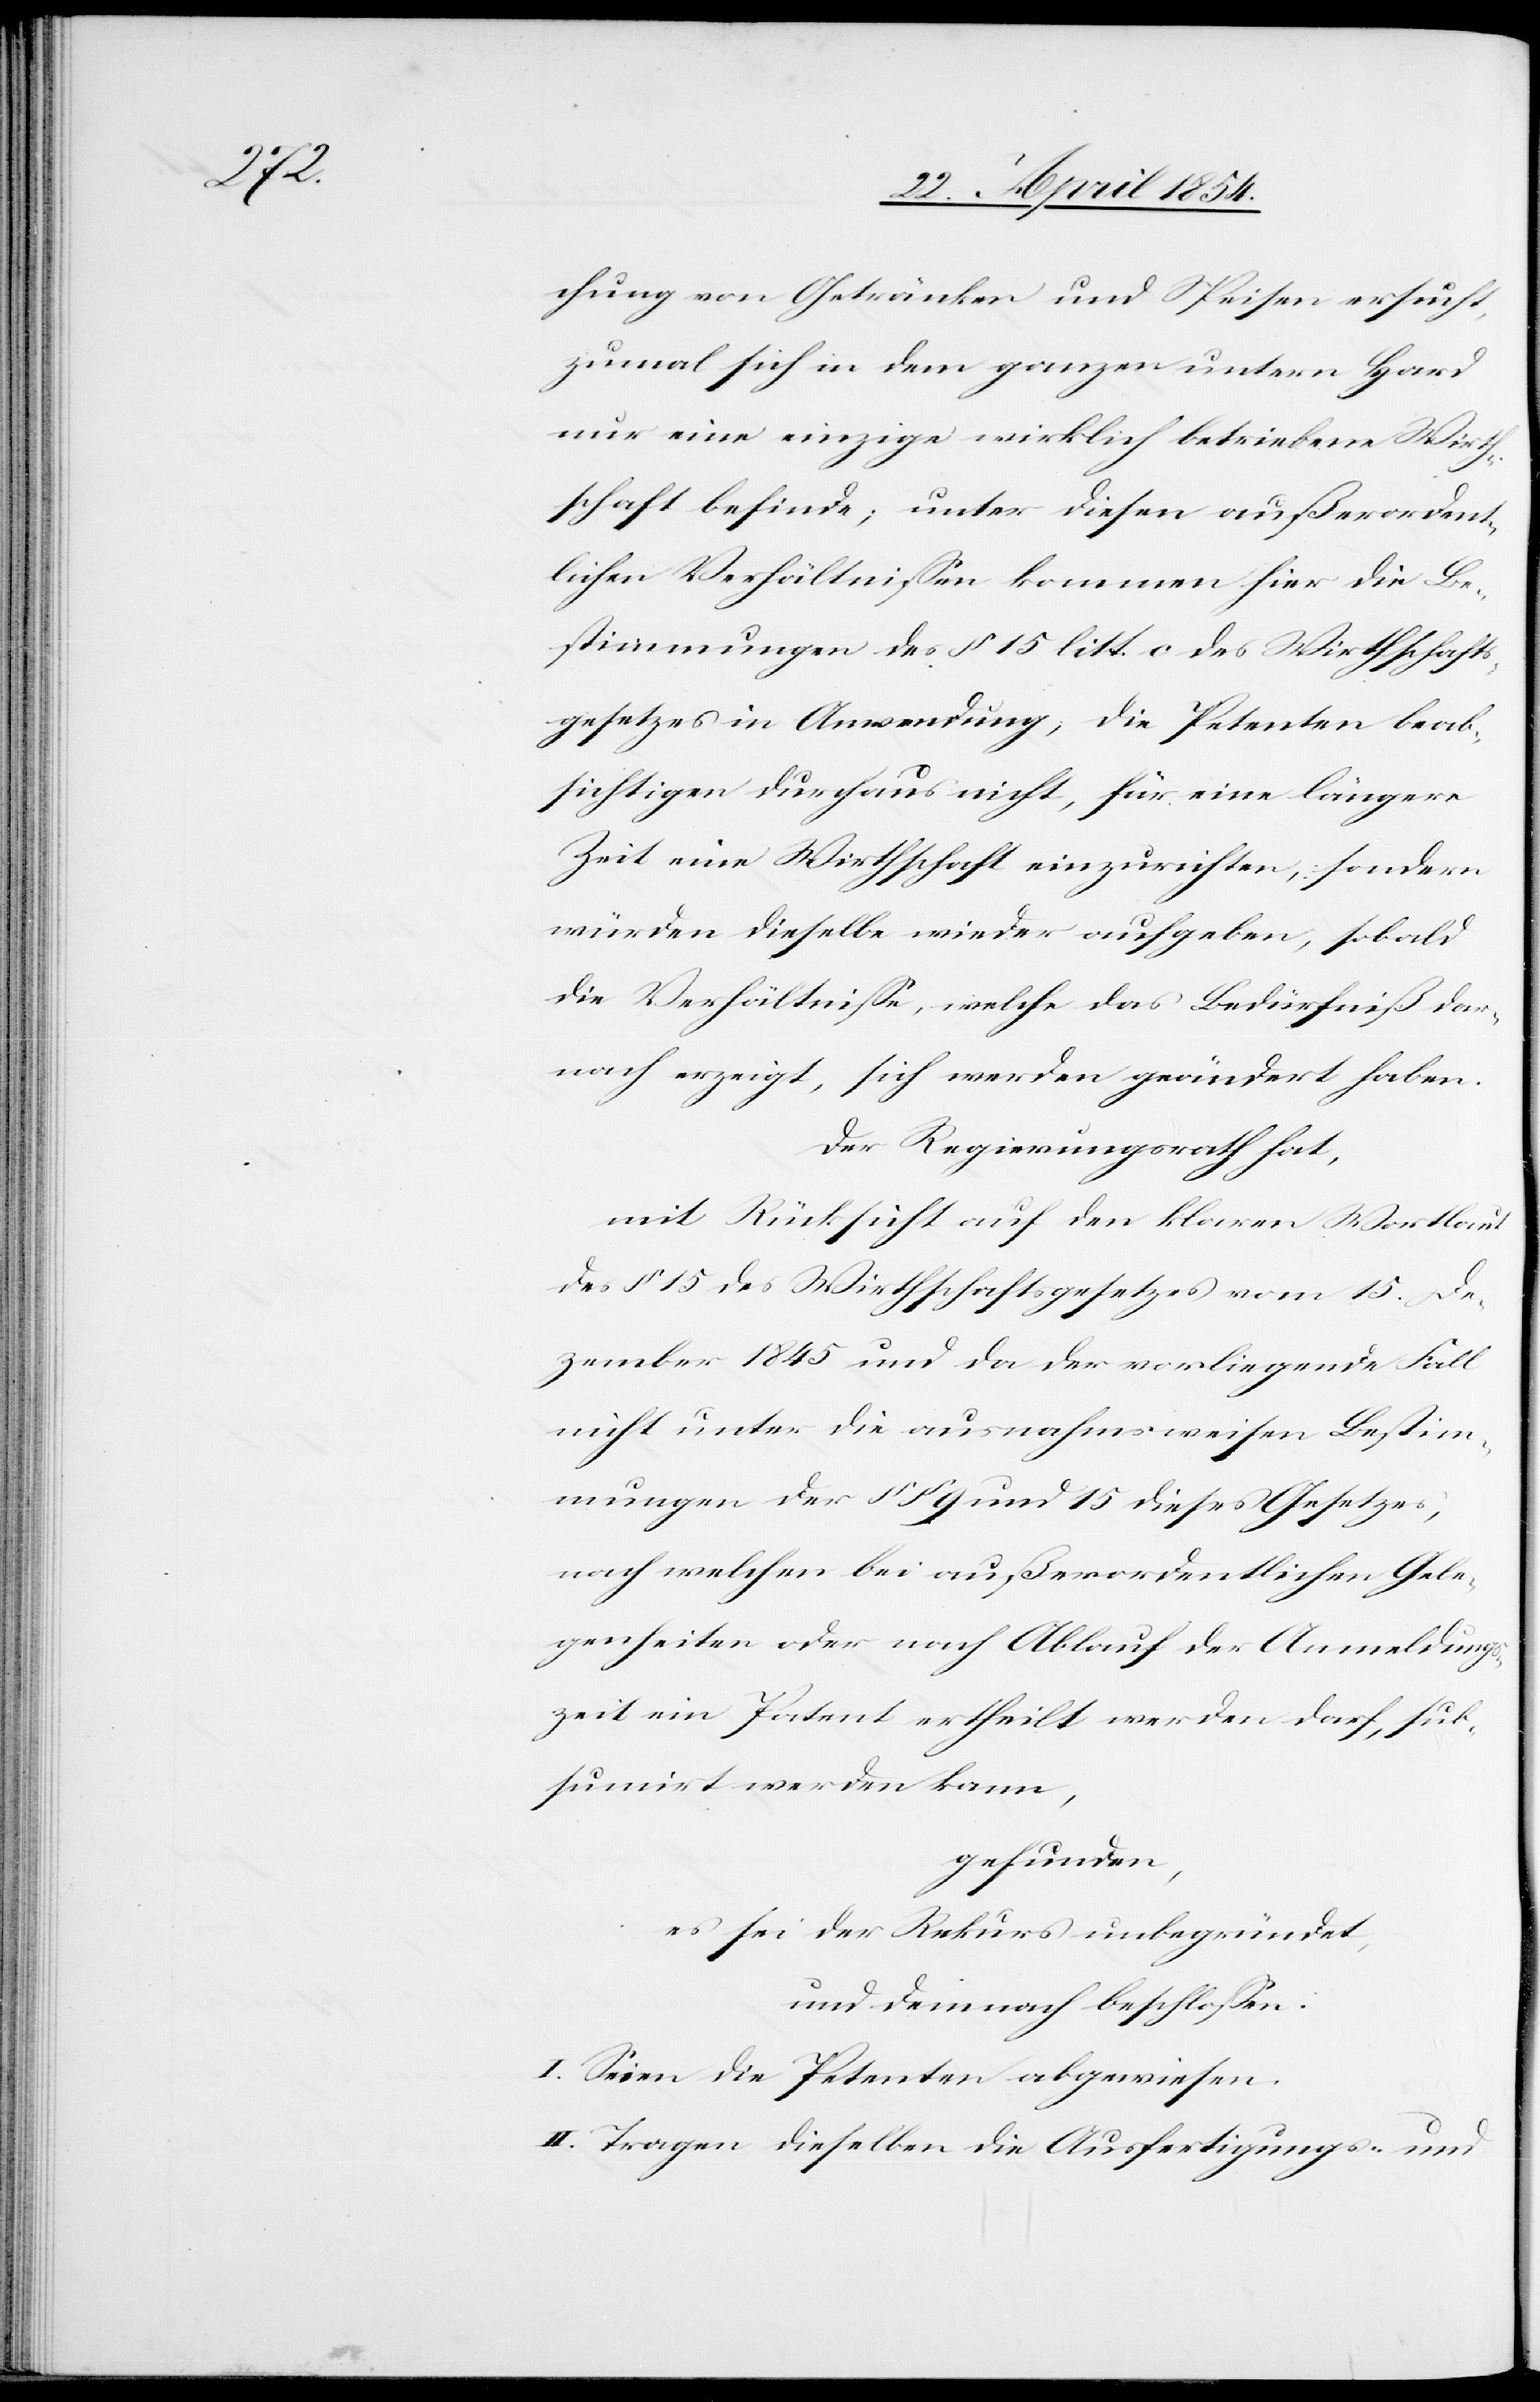
chung von Getränken und Speisen ersucht,
zumal sich in dem ganzen untern Hard
nur eine einzige wirklich betriebene Wirth¬
schaft befinde; unter diesen außerordent¬
lichen Verhältnißen kommen hier die Be¬
stimmungen des § 15 litt. c des Wirthschafts¬
gesetzes in Anwendung; die Petenten beab¬
sichtigen durchaus nicht, für eine längere
Zeit eine Wirthschaft einzurichten, sondern
würden dieselbe wieder aufgeben, sobald
die Verhältniße, welche das Bedürfniß da¬
nach erzeigt, sich werden geändert haben.
Der Regierungsrath hat,
mit Rücksicht auf den klaren Wortlaut
des § 15 des Wirthschaftsgesetzes vom 15. De¬
zember 1845 und da der vorliegende Fall
nicht unter die ausnahmsweisen Bestim¬
mungen der §§ 9 und 15 dieses Gesetzes,
nach welchen bei außerordentlichen Gele¬
genheiten oder nach Ablauf der Anmeldungs¬
zeit ein Patent ertheilt werden darf, sub¬
sumirt werden kann,
gefunden,
es sei der Rekurs unbegründet,
und demnach beschloßen:
I. Seien die Petenten abgewiesen.
II. Tragen dieselben die Ausfertigungs- und